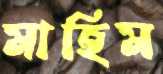
মাহিম